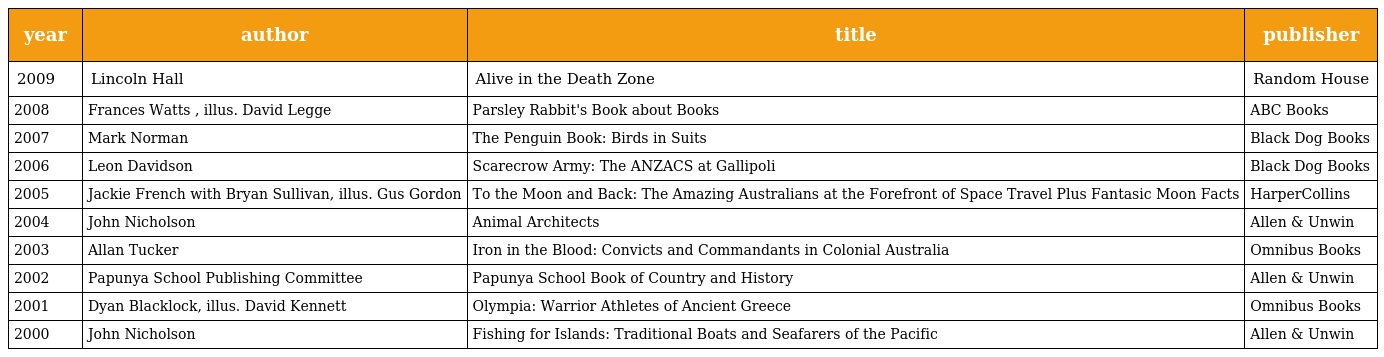
| year | author | title | publisher |
 | --- | --- | --- | --- |
 | 2009 | Lincoln Hall | Alive in the Death Zone | Random House |
 | 2008 | Frances Watts , illus. David Legge | Parsley Rabbit's Book about Books | ABC Books |
 | 2007 | Mark Norman | The Penguin Book: Birds in Suits | Black Dog Books |
 | 2006 | Leon Davidson | Scarecrow Army: The ANZACS at Gallipoli | Black Dog Books |
 | 2005 | Jackie French with Bryan Sullivan, illus. Gus Gordon | To the Moon and Back: The Amazing Australians at the Forefront of Space Travel Plus Fantasic Moon Facts | HarperCollins |
 | 2004 | John Nicholson | Animal Architects | Allen & Unwin |
 | 2003 | Allan Tucker | Iron in the Blood: Convicts and Commandants in Colonial Australia | Omnibus Books |
 | 2002 | Papunya School Publishing Committee | Papunya School Book of Country and History | Allen & Unwin |
 | 2001 | Dyan Blacklock, illus. David Kennett | Olympia: Warrior Athletes of Ancient Greece | Omnibus Books |
 | 2000 | John Nicholson | Fishing for Islands: Traditional Boats and Seafarers of the Pacific | Allen & Unwin |